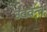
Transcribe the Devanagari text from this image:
उदवन्त